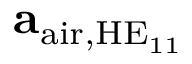
\mathbf { a } _ { \mathrm { a i r } , \mathrm { H E } _ { 1 1 } }